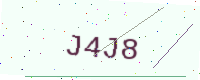
Text: J4J8